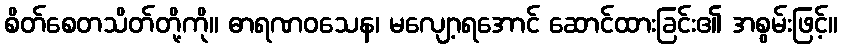
စိတ်စေတသိတ်တို့ကို။ ဓာရဏဝသေန၊ မလျော့ရအောင် ဆောင်ထားခြင်း၏ အစွမ်းဖြင့်။